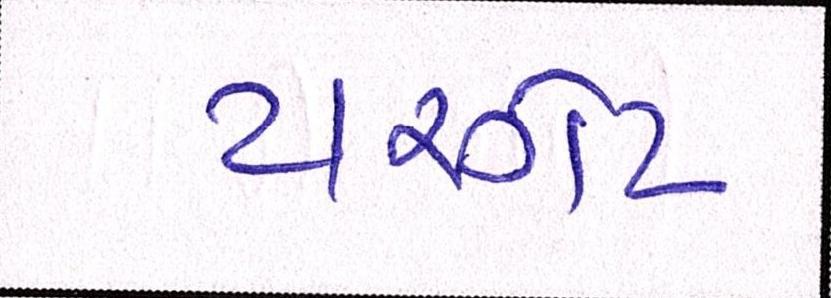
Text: ટારગેટ